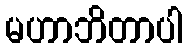
မဟာဘိတာပါ